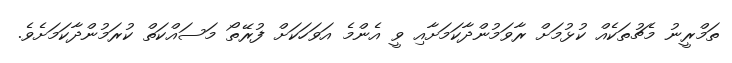
ތަމްރީނު މެޗުތަކެއް ކުޅުމަށް ރާވަމުންދާކަމަށާއި ވީ އެންމެ އަވަހަކަށް ފުރޭތޯ މަސައްކަތް ކުރަމުންދާކަމަށެވެ.